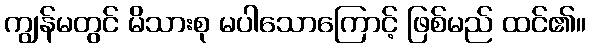
ကျွန်မတွင် မိသားစု မပါသောကြောင့် ဖြစ်မည် ထင်၏။